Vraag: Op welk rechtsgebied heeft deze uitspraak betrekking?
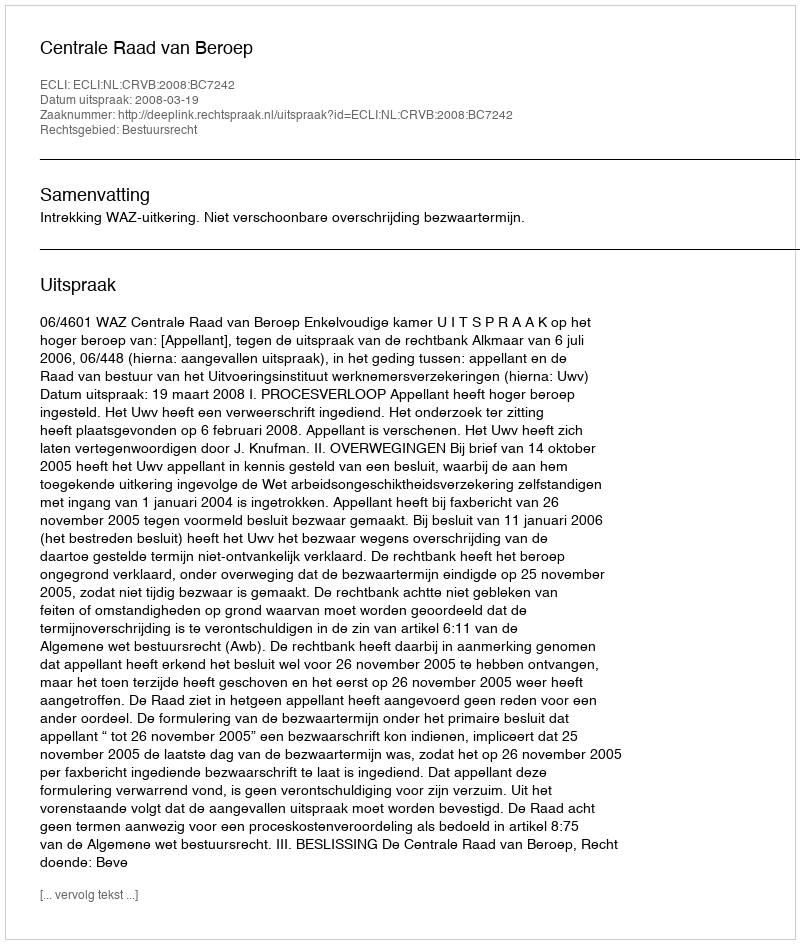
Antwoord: Bestuursrecht